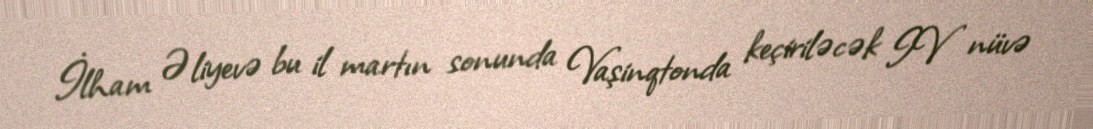
İlham Əliyevə bu il martın sonunda Vaşinqtonda keçiriləcək IV nüvə